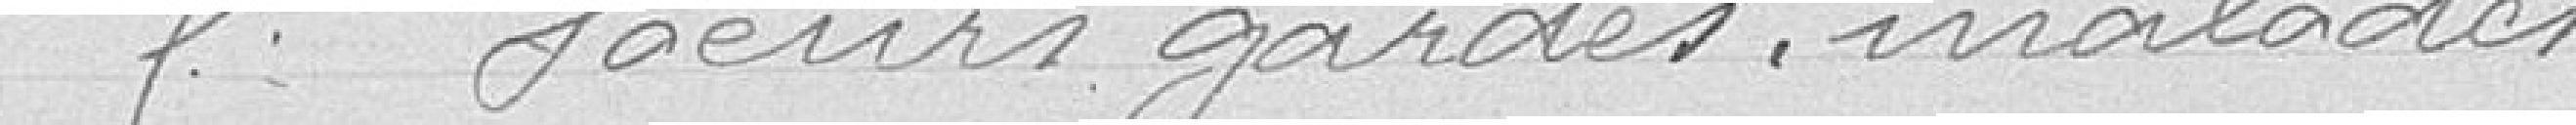
5 Sœurs gardes malades